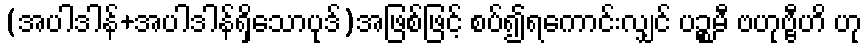
(အပါဒါန်+အပါဒါန်ရှိသောပုဒ်)အဖြစ်ဖြင့် စပ်၍ရကောင်းလျှင် ပဉ္စမီ ဗဟုဗ္ဗီဟိ ဟု